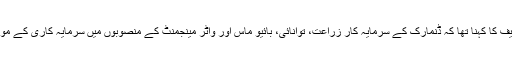
وزیر اعلیٰ شہاز شریف کا کہنا تھا کہ ڈنمارک کے سرمایہ کار زراعت، توانائی، بائیو ماس اور واٹر مینجمنٹ کے منصوبوں میں سرمایہ کاری کے مواقع سے فائدہ اٹھائیں۔